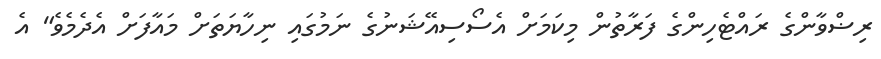
ރިޟްވާންގެ ރައްޓެހިންގެ ފަރާތުން މިކަމަށް އެސޯސިއޭޝަނުގެ ނަމުގައި ނިހާޔަތަށް މައާފަށް އެދެމެވެ" އެ